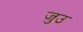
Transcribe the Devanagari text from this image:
जुउ